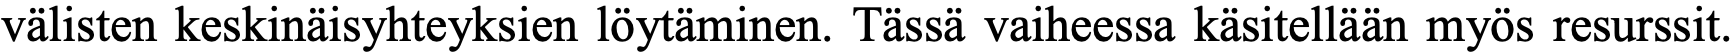
välisten keskinäisyhteyksien löytäminen. Tässä vaiheessa käsitellään myös resurssit.